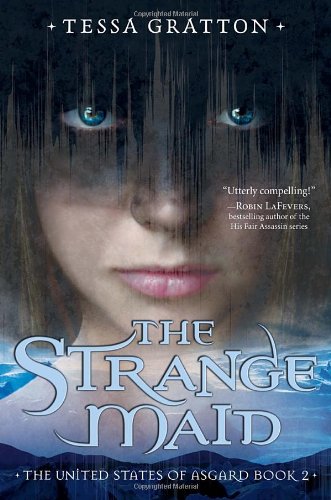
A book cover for The Strange Maid: Book 2 of United States of Asgard; Tessa Gratton; Children's Books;